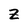
Character: Z